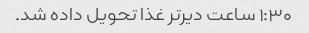
۱:۳۰ ساعت دیر‌تر غذا تحویل داده شد.